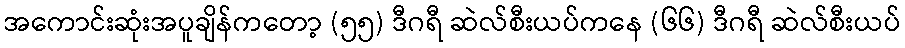
အကောင်းဆုံးအပူချိန်ကတော့ (၅၅) ဒီဂရီ ဆဲလ်စီးယပ်ကနေ (၆၆) ဒီဂရီ ဆဲလ်စီးယပ်